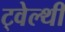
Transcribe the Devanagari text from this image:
ट्वेल्‍थी